Civil Veterinary Department. Central Provinces & Berar 1932-41 - 1932-1941
Year: 1932
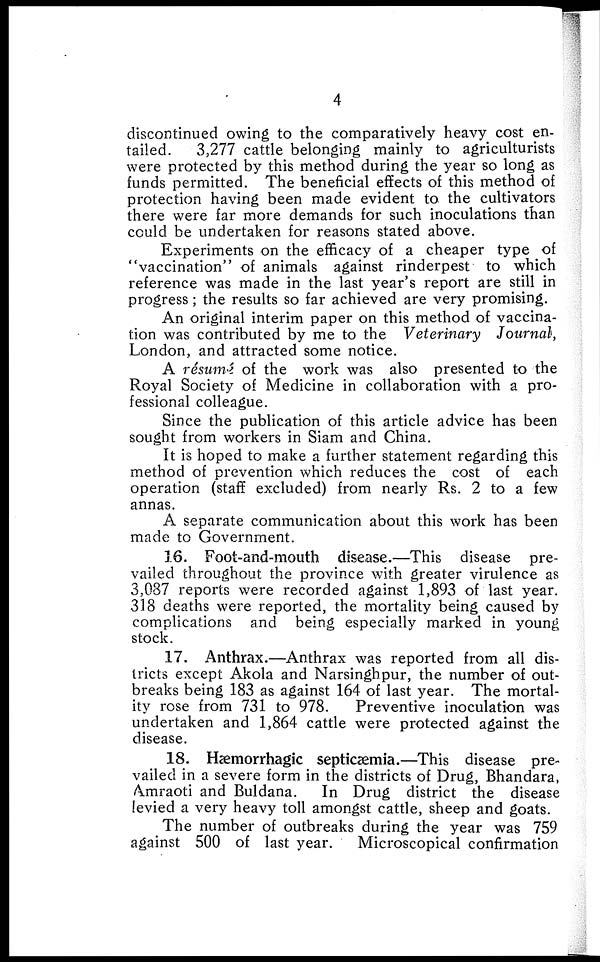
4
discontinued owing to the comparatively heavy cost en-
tailed.
3,277 cattle belonging mainly to agriculturists
were protected by this method during the year so long as
funds permitted. The beneficial effects of this method of
protection having been made evident to the cultivators
there were far more demands for such inoculations than
could be undertaken for reasons stated above.
Experiments on the efficacy of a cheaper type of
"vaccination" of animals against rinderpest to which
reference was made in the last year's report are still in
progress ; the results so far achieved are very promising.
An original interim paper on this method of vaccina-
tion was contributed by me to the Veterinary
Journal,
London, and attracted some notice.
A résumé of the work was also presented to the
Royal Society of Medicine in collaboration with a pro-
fessional colleague.
Since the publication of this article advice has been
sought from workers in Siam and China.
It is hoped to make a further statement regarding this
method of prevention which reduces the cost of each
operation (staff excluded) from nearly Rs. 2 to a few
annas.
A separate communication about this work has been
made to Government.
16. Foot-and-mouth disease.—This disease pre-
vailed throughout the province with greater virulence as
3,087 reports were recorded against 1,893 of last year.
318 deaths were reported, the mortality being caused by
complications and being especially marked in young
stock.
17. Anthrax.—Anthrax was reported from all dis-
tricts except Akola and Narsinghpur, the number of out-
breaks being 183 as against 164 of last year. The mortal-
ity rose from 731 to 978.
Preventive inoculation was
undertaken and 1,864 cattle were protected against the
disease.
18. Hæmorrhagic septicæmia.—This disease pre-
vailed in a severe form in the districts of Drug, Bhandara,
Amraoti and Buldana.
In Drug district the disease
levied a very heavy toll amongst cattle, sheep and goats.
The number of outbreaks during the year was 759
against 500 of last year.
Microscopical confirmation